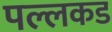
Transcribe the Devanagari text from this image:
पल्लकड